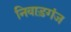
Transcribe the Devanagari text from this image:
निवाड़गंज